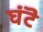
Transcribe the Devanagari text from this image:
घंटॆ